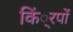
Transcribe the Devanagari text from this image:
किं्रपों